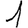
Digit: 1